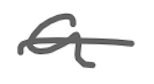
Text: a
Cross-out: single-line
Writing tool: digital_gray